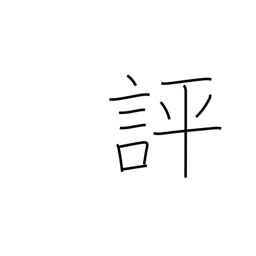
Meaning: evaluate